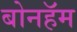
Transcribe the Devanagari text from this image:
बोनहॅम